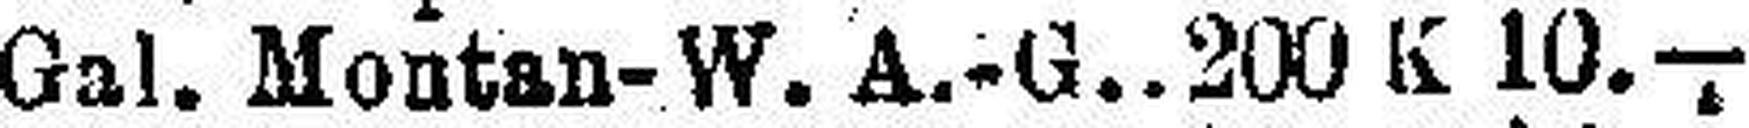
Gal. Montan-W. A.-G. 200 K 10.—